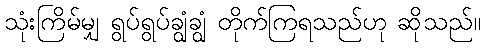
သုံးကြိမ်မျှ ရွပ်ရွပ်ချွံချွံ တိုက်ကြရသည်ဟု ဆိုသည်။